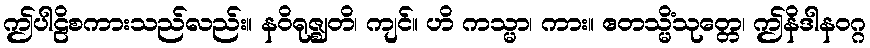
ဤပါဠိစကားသည်လည်း။ နဝိရုဇ္ဈတိ၊ ကျင်။ ဟိ ကသ္မာ၊ ကား။ ဧတသ္မိံသုတ္တေ၊ ဤနိဒါနဝဂ္ဂ